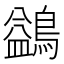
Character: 鷁